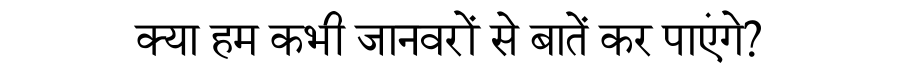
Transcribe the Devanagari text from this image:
क्या हम कभी जानवरों से बातें कर पाएंगे?